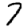
Digit: 7